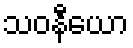
သဝနီယော